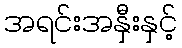
အရင်းအနှီးနှင့်